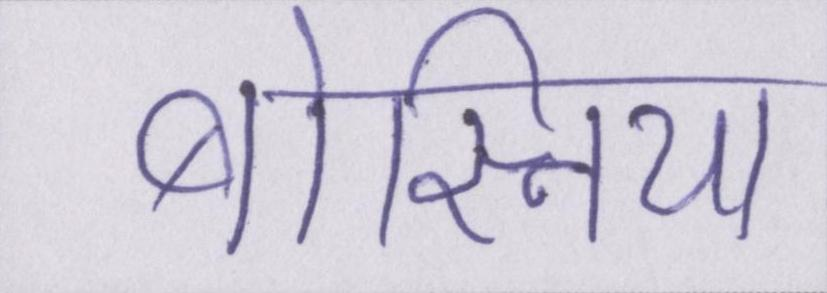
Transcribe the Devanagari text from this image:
बोस्निया